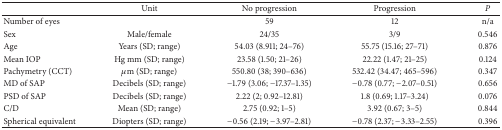
|  | Unit | No progression | Progression | P |
 | --- | --- | --- | --- | --- |
 | Number of eyes |  | 59 | 12 | n/a |
 | Sex | Male/female | 24/35 | 3/9 | 0.546 |
 | Age | Years (SD; range) | 54.03 (8.911; 24–76) | 55.75 (15.16; 27–71) | 0.876 |
 | Mean IOP | Hg mm (SD; range) | 23.58 (1.50; 21–26) | 22.22 (1.47; 21–25) | 0.124 |
 | Pachymetry (CCT) | μm (SD; range) | 550.80 (38; 390–636) | 532.42 (34.47; 465–596) | 0.347 |
 | MD of SAP | Decibels (SD; range) | −1.79 (3.06; −17.37–1.35) | −0.78 (0.77; −2.07–0.51) | 0.656 |
 | PSD of SAP | Decibels (SD; range) | 2.22 (2; 0.92–12.81) | 1.8 (0.69; 1.17–3.24) | 0.076 |
 | C/D | Mean (SD; range) | 2.75 (0.92; 1–5) | 3.92 (0.67; 3–5) | 0.844 |
 | Spherical equivalent | Diopters (SD; range) | −0.56 (2.19; −3.97–2.81) | −0.78 (2.37; −3.33–2.55) | 0.396 |